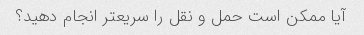
آیا ممکن است حمل و نقل را سریعتر انجام دهید؟